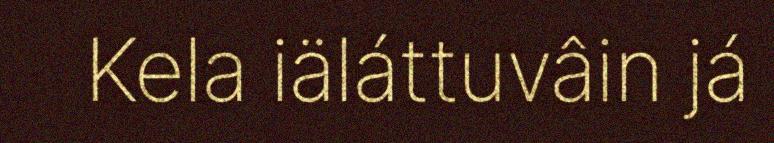
Kela iäláttuvâin já